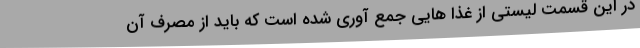
در این قسمت لیستی از غذا هایی جمع آوری شده است که باید از مصرف آن